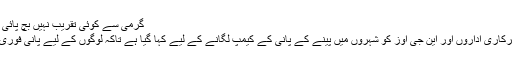
Image caption گرمی سے کوئی تقریب نہیں بچ پائی
انھوں نے کہا کہ ’سرکاری اداروں اور این جی اوز کو شہروں میں پینے کے پانی کے کیمپ لگانے کے لیے کہا گیا ہے تاکہ لوگوں کے لیے پانی فوری طور پر دستیاب ہو۔